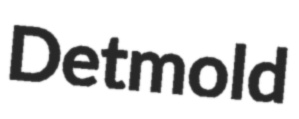
Detmold